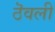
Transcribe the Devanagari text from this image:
ठॆवली